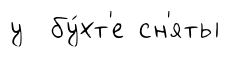
у бу́хт'е сн'яты